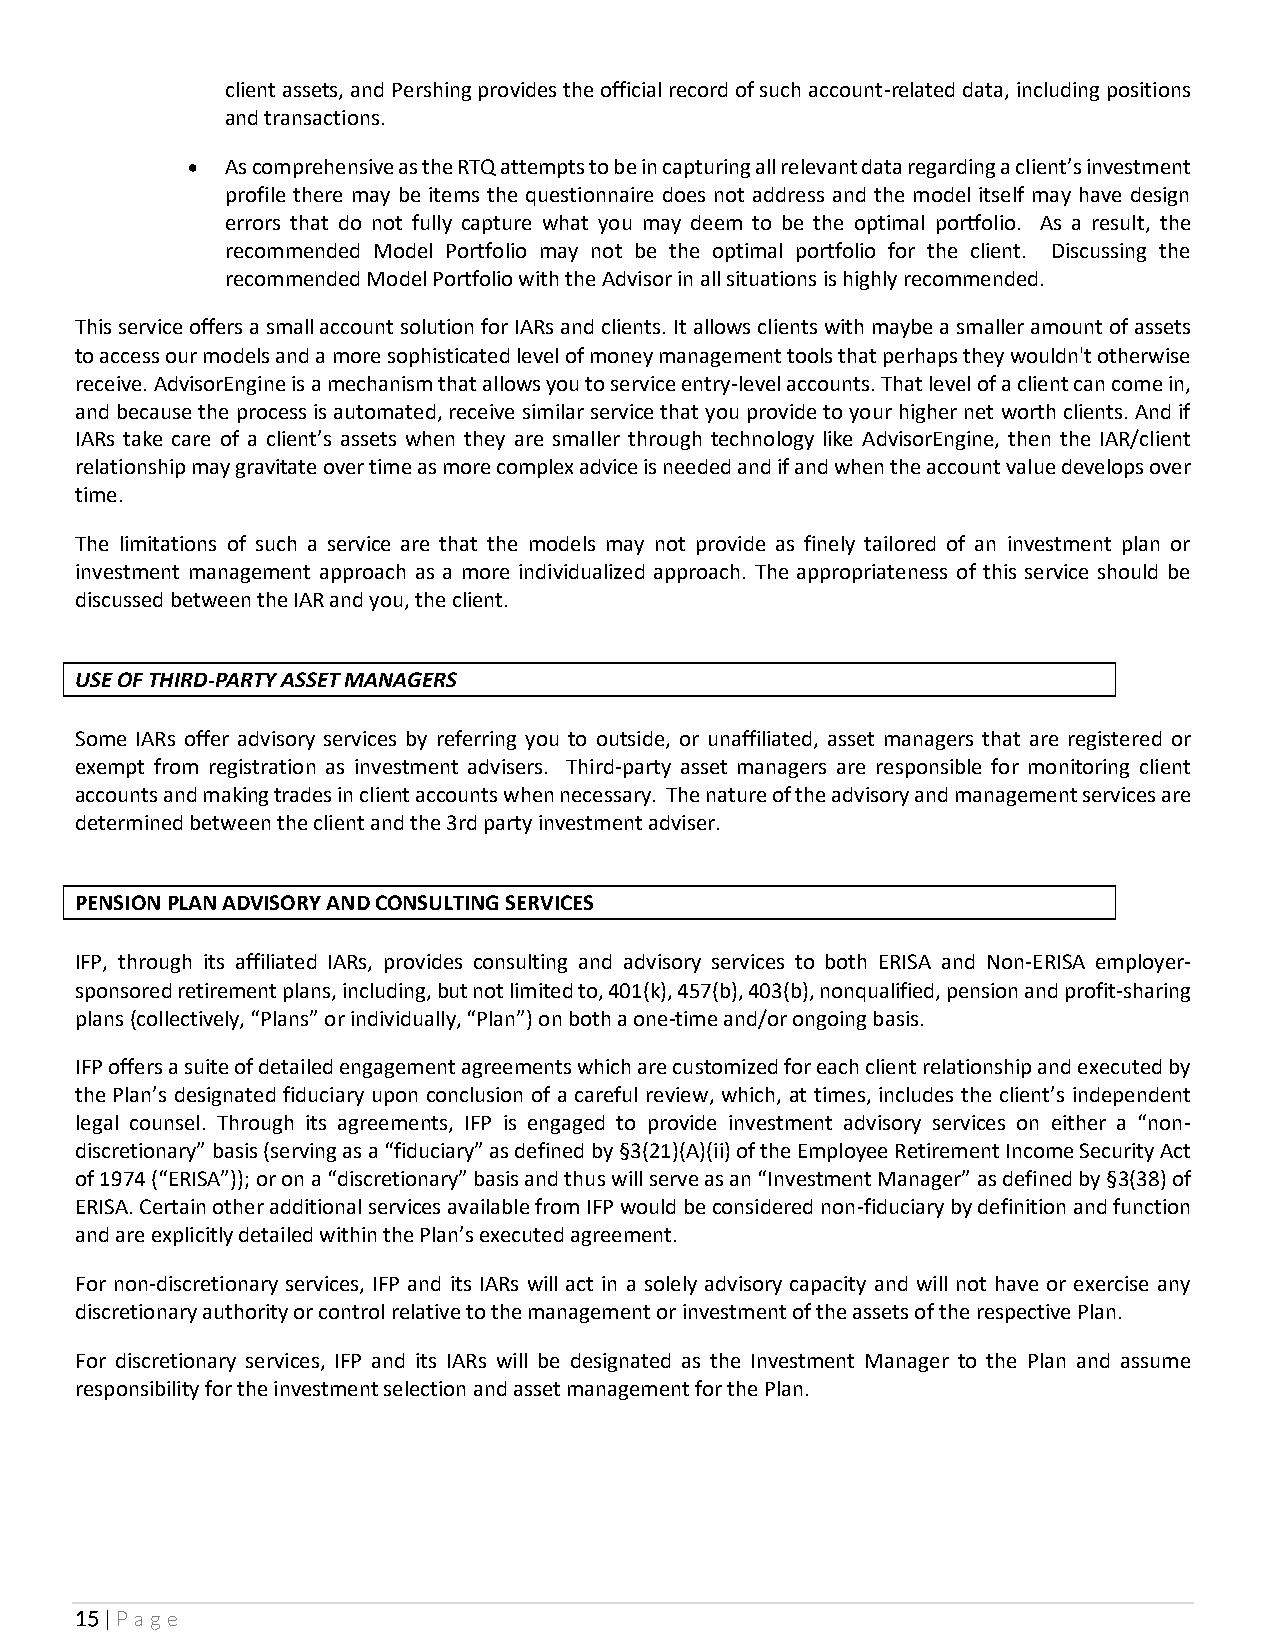
client assets, and Pershing provides the official record of such account-related data, including positions
 and transactions.
 •  As comprehensive as the RTQ attempts to be in capturing all relevant data regarding a client’s investment
 profile there may be items the questionnaire does not address and the model itself may have design
 errors that do not fully capture what you may deem to be the optimal portfolio. As a result, the
 recommended Model Portfolio may not be the optimal portfolio for the client. Discussing the
 recommended Model Portfolio with the Advisor in all situations is highly recommended.
 This service offers a small account solution for IARs and clients. It allows clients with maybe a smaller amount of assets
 to access our models and a more sophisticated level of money management tools that perhaps they wouldn't otherwise
 receive. AdvisorEngine is a mechanism that allows you to service entry-level accounts. That level of a client can come in,
 and because the process is automated, receive similar service that you provide to your higher net worth clients. And if
 IARs take care of a client’s assets when they are smaller through technology like AdvisorEngine, then the IAR/client
 relationship may gravitate over time as more complex advice is needed and if and when the account value develops over
 time.
 The limitations of such a service are that the models may not provide as finely tailored of an investment plan or
 investment management approach as a more individualized approach. The appropriateness of this service should be
 discussed between the IAR and you, the client.
 USE OF THIRD-PARTY ASSET MANAGERS
 Some IARs offer advisory services by referring you to outside, or unaffiliated, asset managers that are registered or
 exempt from registration as investment advisers. Third-party asset managers are responsible for monitoring client
 accounts and making trades in client accounts when necessary. The nature of the advisory and management services are
 determined between the client and the 3rd party investment adviser.
 PENSION PLAN ADVISORY AND CONSULTING SERVICES
 IFP, through its affiliated IARs, provides consulting and advisory services to both ERISA and Non-ERISA employer-
 sponsored retirement plans, including, but not limited to, 401(k), 457(b), 403(b), nonqualified, pension and profit-sharing
 plans (collectively, “Plans” or individually, “Plan”) on both a one-time and/or ongoing basis.
 IFP offers a suite of detailed engagement agreements which are customized for each client relationship and executed by
 the Plan’s designated fiduciary upon conclusion of a careful review, which, at times, includes the client’s independent
 legal counsel. Through its agreements, IFP is engaged to provide investment advisory services on either a “non-
 discretionary” basis (serving as a “fiduciary” as defined by §3(21)(A)(ii) of the Employee Retirement Income Security Act
 of 1974 (“ERISA”)); or on a “discretionary” basis and thus will serve as an “Investment Manager” as defined by §3(38) of
 ERISA. Certain other additional services available from IFP would be considered non-fiduciary by definition and function
 and are explicitly detailed within the Plan’s executed agreement.
 For non-discretionary services, IFP and its IARs will act in a solely advisory capacity and will not have or exercise any
 discretionary authority or control relative to the management or investment of the assets of the respective Plan.
 For discretionary services, IFP and its IARs will be designated as the Investment Manager to the Plan and assume
 responsibility for the investment selection and asset management for the Plan.
 15 | Page